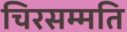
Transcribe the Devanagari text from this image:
चिरसम्मति